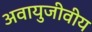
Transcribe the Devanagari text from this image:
अवायुजीवीय